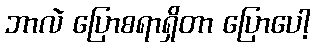
ဘာလဲ ပြောစရာရှိတာ ပြောပေါ့